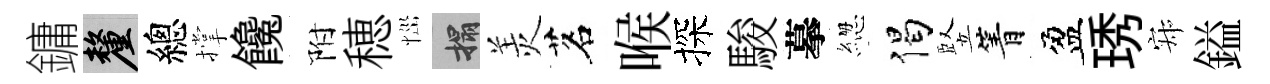
鏞厘總撑饞附穂𢙉搨羙茗喉探駿摹緫偈竪箐盈琇寂鎰